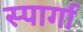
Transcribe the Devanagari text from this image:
स्पार्गा